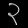
Digit: ၃